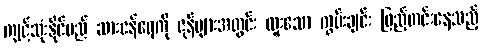
ကျင့်သုံးနိုင်မည် ဆားငန်ရေကို ဇုန်များအတွင်း ထူးသော ကွမ်းချင်း ဖြည့်တင်းနေသည့်